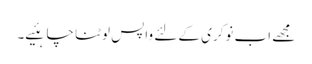
مجھے اب نوکری کے لئے واپس لوٹنا چاہئیے۔